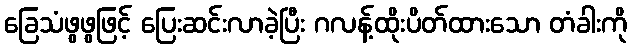
ခြေသံဖွဖွဖြင့် ပြေးဆင်းလာခဲ့ပြီး ဂလန့်ထိုးပိတ်ထားသော တံခါးကို